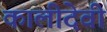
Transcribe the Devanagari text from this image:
कालीदेवी